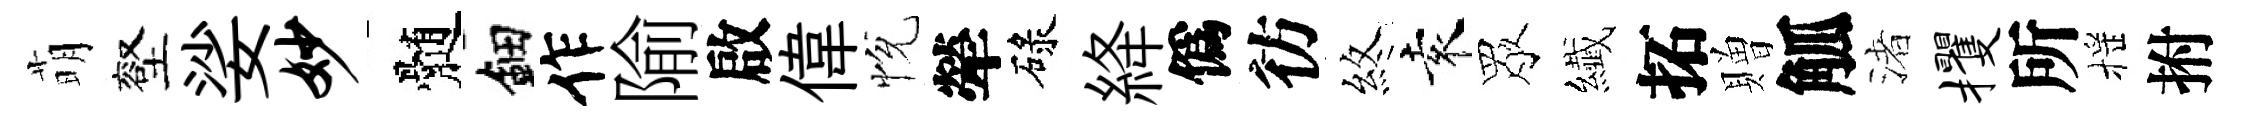
萌壑娑妙髄鈿作隃啟偉恱犖碌絳僞彷煞袁眾纎拓贈觚渚攫所摇拊